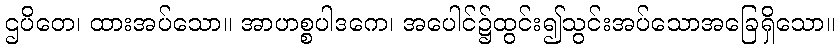
ဌပိတေ၊ ထားအပ်သော။ အာဟစ္စပါဒကေ၊ အပေါင်၌ထွင်း၍သွင်းအပ်သောအခြေရှိသော။